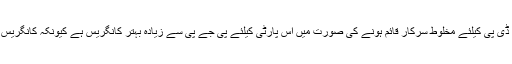
ہمیں آنے والے انتخابات میں پی ڈی پی اور بی جے پی کی جیت یقینی نظر آرہی ہے لیکن پی ڈی پی کیلئے مخلوط سرکار قائم ہونے کی صورت میں اس پارٹی کیلئے پی جے پی سے زیادہ بہتر کانگریس ہے کیونکہ کانگریس کو وادی کے لوگوں نے قبول کرلیا ہے جبکہ بی جے مسلم آبادی کیلئے ابھی ناقابل قبول ہے۔